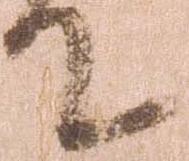
件